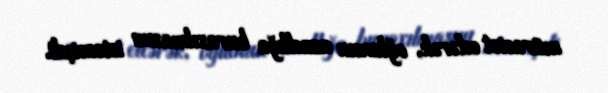
müraciət edərək, oğlunun azadlığa buraxılmasını istəmişdi.